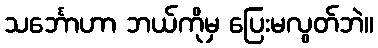
သင်္ဘောဟာ ဘယ်ကိုမှ ပြေးမလွတ်ဘဲ။